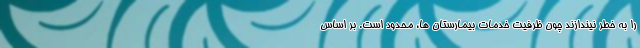
را به خطر نیندازند چون ظرفیت خدمات بیمارستان ها، محدود است. بر اساس